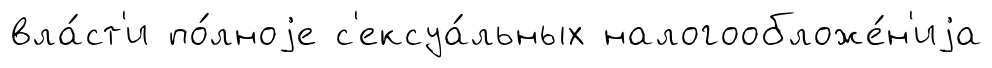
вла́ст'и по́лноjе с'ексуа́льных налогообложе́н'иjа